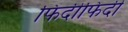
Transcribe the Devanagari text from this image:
फिदीफिदी